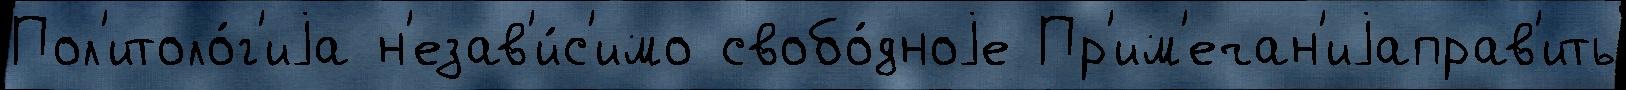
Пол'итоло́г'иjа н'езав'и́с'имо свобо́дноjе Пр'им'ечан'иjаправ'ить